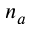
n _ { a }